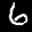
Label: 6